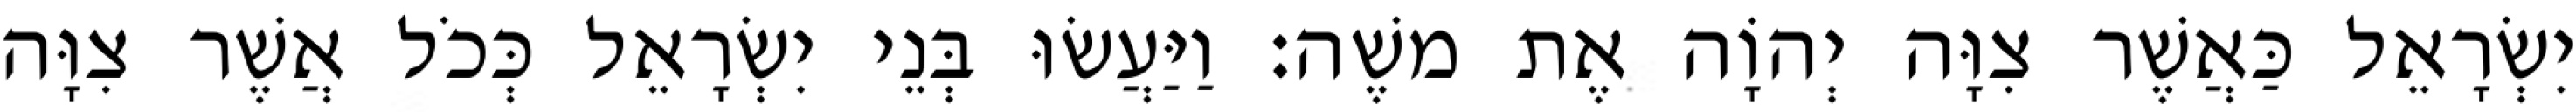
יִשְׂרָאֵל כַּאֲשֶׁר צִוָּה יְהוָֹה אֶת משֶׁה׃ וַיַּעֲשׂוּ בְּנֵי יִשְׂרָאֵל כְּכֹל אֲשֶׁר צִוָּה